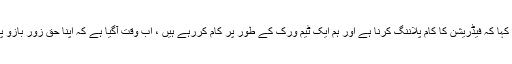
مظہراے ناصر نے کہا کہ فیڈریشن کا کام پلاننگ کرنا ہے اور ہم ایک ٹیم ورک کے طور پر کام کررہے ہیں ، اب وقت آگیا ہے کہ اپنا حق زور بازو پر حاصل کیا جائے۔